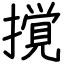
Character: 撹